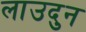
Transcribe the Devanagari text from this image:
लाउदुन